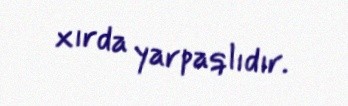
xırda yarpaqlıdır.